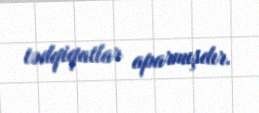
tədqiqatlar aparmışdır.